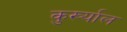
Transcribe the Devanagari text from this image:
कुर्ख्याल